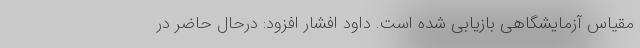
مقیاس آزمایشگاهی بازیابی شده است. داود افشار افزود: درحال حاضر در